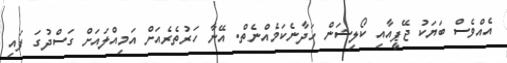
އެއްވެސް ބަޔަކު ޖޭޕީއާއި ކޯލިޝަން ހަދާނެކަމެއްނެތް. އޭނާ ހަރުތެރެއަށް އަމިއްލައަށް ގަސްދުގަ ފައި